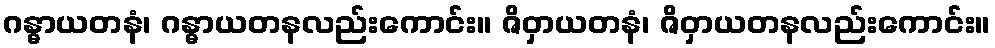
ဂန္ဓာယတနံ၊ ဂန္ဓာယတနလည်းကောင်း။ ဇိဝှာယတနံ၊ ဇိဝှာယတနလည်းကောင်း။